Distribution and causation of leprosy in British India
Year: 1875
Disease focus: Leprosy
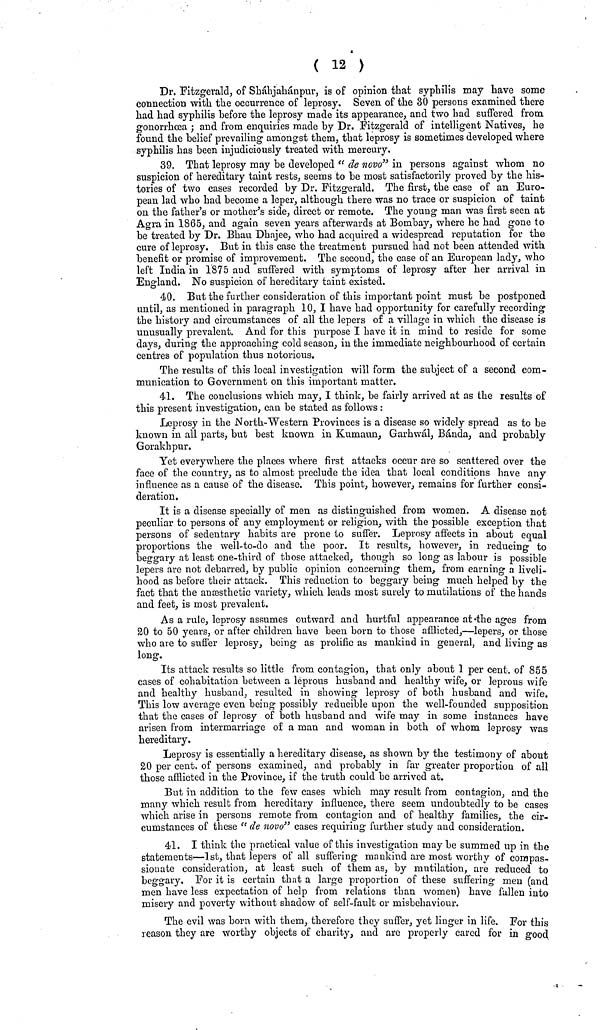
( 12 )
Dr. Fitzgerald, of Sháhjahánpur, is of opinion that syphilis may have some
connection with the occurrence of leprosy. Seven of the 30 persons examined there
had had syphilis before the leprosy made its appearance, and two had suffered from
gonorrhœa ; and from enquiries made by Dr. Fitzgerald of intelligent Natives, he
found the belief prevailing amongst them, that leprosy is sometimes developed where
syphilis has been injudiciously treated with mercury.
39. That leprosy may be developed "de novo" in persons against whom no
suspicion of hereditary taint rests, seems to be most satisfactorily proved by the his-
tories of two cases recorded by Dr. Fitzgerald. The first, the case of an Euro-
pean lad who had become a leper, although there was no trace or suspicion of taint
on the father's or mother's side, direct or remote. The young man was first seen at
Agra in 1865, and again seven years afterwards at Bombay, where he had gone to
be treated by Dr. Bhau Dhajee, who had acquired a widespread reputation for the
cure of leprosy. But in this case the treatment pursued had not been attended with
benefit or promise of improvement. The second, the case of an European lady, who
left India in 1875 and suffered with symptoms of leprosy after her arrival in
England. No suspicion of hereditary taint existed.
40. But the further consideration of this important point must be postponed
until, as mentioned in paragraph 10, I have had opportunity for carefully recording
the history and circumstances of all the lepers of a village in which the disease is
unusually prevalent. And for this purpose I have it in mind to reside for some
days, during the approaching cold season, in the immediate neighbourhood of certain
centres of population thus notorious.
The results of this local investigation will form the subject of a second com-
munication to Government on this important matter.
41. The conclusions which may, I think, be fairly arrived at as the results of
this present investigation, can be stated as follows :
Leprosy in the North-Western Provinces is a disease so widely spread as to be
known in all parts, but best known in Kumaun, Garhwál, Banda, and probably
Gorakhpur.
Yet everywhere the places where first attacks occur are so scattered over the
face of the country, as to almost preclude the idea that local conditions have any
influence as a cause of the disease. This point, however, remains for further consi-
deration.
It is a disease specially of men as distinguished from women. A disease not
peculiar to persons of any employment or religion, with the possible exception that
persons of sedentary habits are prone to suffer. Leprosy affects in about equal
proportions the well-to-do and the poor. It results, however, in reducing- to
beggary at least one-third of those attacked, though so long as labour is possible
lepers are not debarred, by public opinion concerning them, from earning a liveli-
hood as before their attack. This reduction to beggary being much helped by the
fact that the anæsthetic variety, which leads most surely to mutilations of the hands
and feet, is most prevalent.
As a rule, leprosy assumes outward and hurtful appearance at the ages from
20 to 50 years, or after children have been born to those afflicted,—lepers, or those
who are to suffer leprosy, being as prolific as mankind in general, and living as
long.
Its attack results so little from contagion, that only about 1 per cent of 855
cases of cohabitation between a leprous husband and healthy wife, or leprous wife
and healthy husband, resulted in showing leprosy of both husband and wife.
This low average even being possibly reducible upon the well-founded supposition
that the cases of leprosy of both husband and wife may in some instances have
arisen from intermarriage of a man and woman in both of whom leprosy was
hereditary.
Leprosy is essentially a hereditary disease, as shown by the testimony of about
20 per cent of persons examined, and probably in far greater proportion of all
those afflicted in the Province, if the truth could be arrived at.
But in addition to the few cases which may result from contagion, and the
many which result from hereditary influence, there seem undoubtedly to be cases
which arise in persons remote from contagion and of healthy families, the cir-
cumstances of these " de novo" cases requiring further study and consideration.
41. I think the practical value of this investigation may be summed up in the
statements—1st, that lepers of all suffering mankind are most worthy of compas-
sionate consideration, at least such of them as, by mutilation, are reduced to
beggary. For it is certain that a large proportion of these suffering men (and
men have less expectation of help from relations than women) have fallen into
misery and poverty without shadow of self-fault or misbehaviour.
The evil was born with them, therefore they suffer, yet linger in life. For this
reason they are worthy objects of charity, and are properly cared for in good.